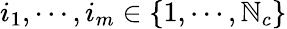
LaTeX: i_{1},\cdots,i_{m}\in\left\{ 1,\cdots,\mathbb{N}_{c}\right\}